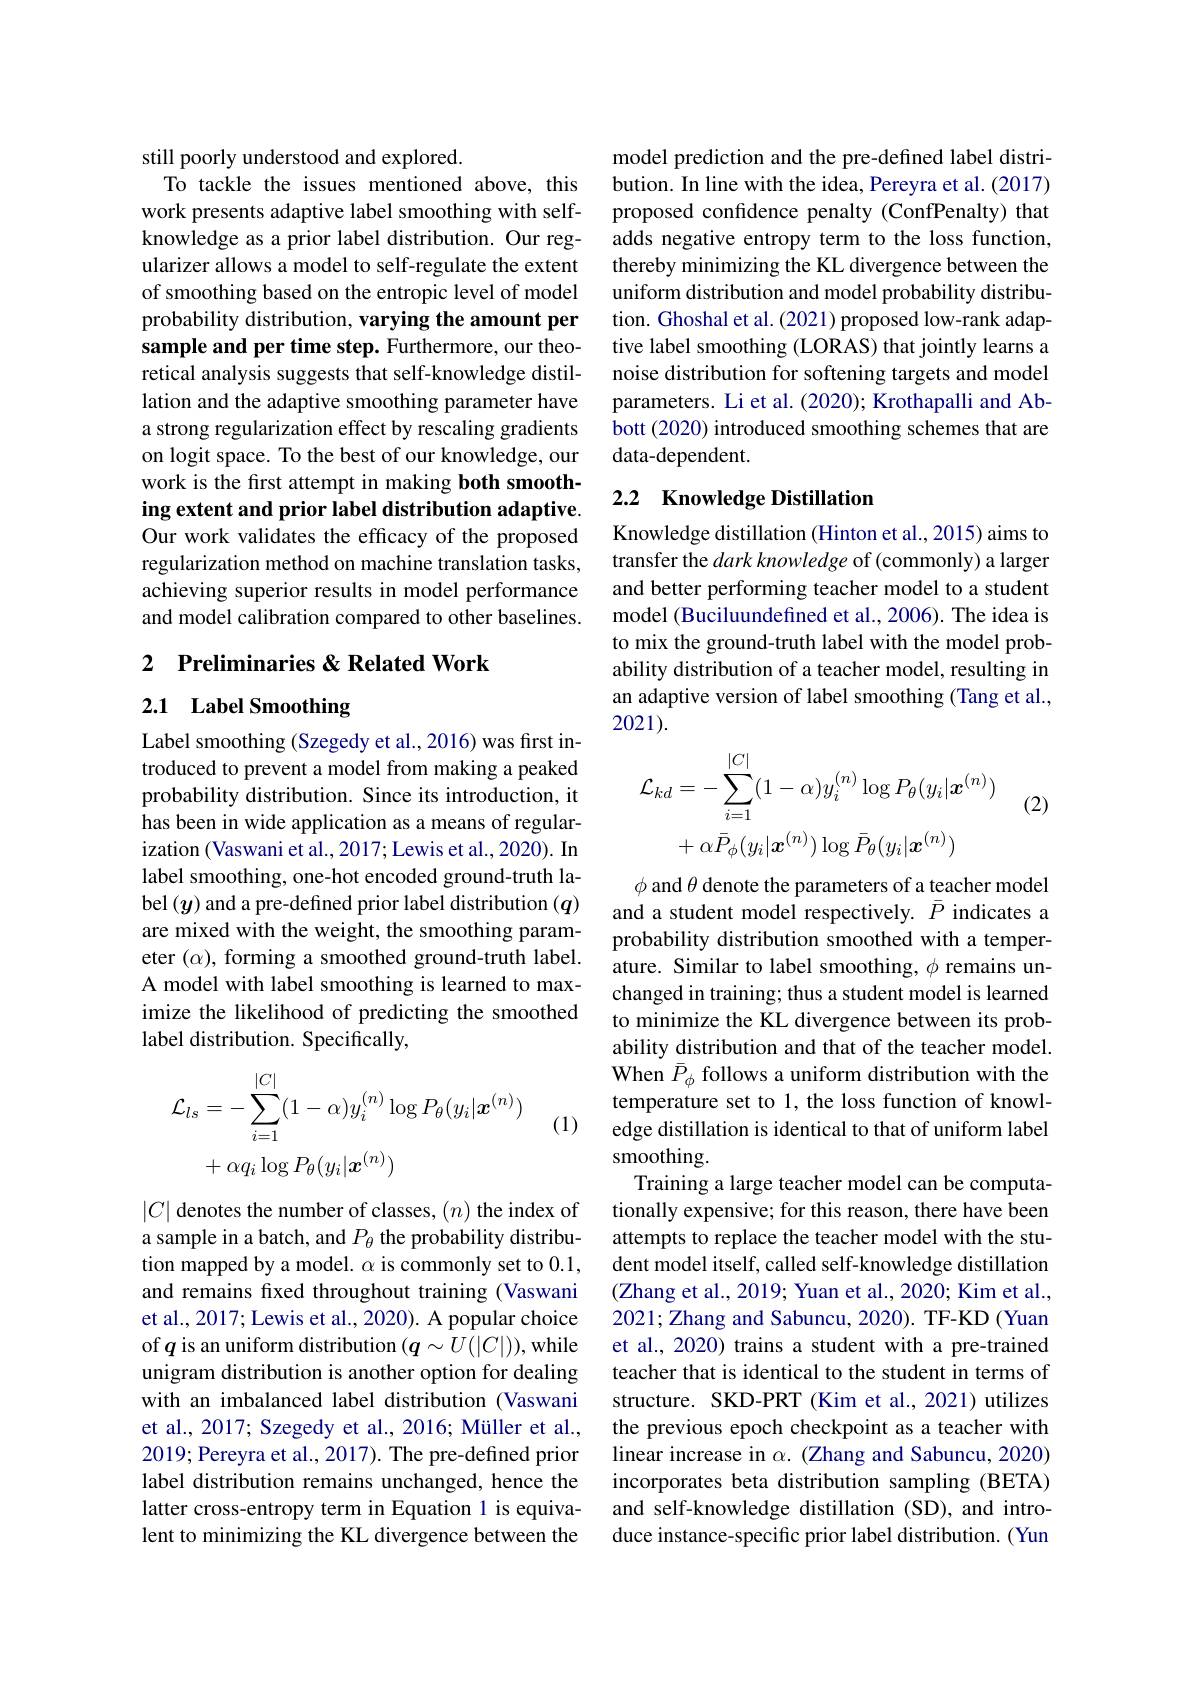
still poorly understood and explored.
To tackle the issues mentioned above, this work presents adaptive label smoothing with selfknowledge as a prior label distribution. Our regularizer allows a model to self-regulate the extent of smoothing based on the entropic level of model probability distribution, varying the amount per sample and per time step. Furthermore, our theoretical analysis suggests that self-knowledge distillation and the adaptive smoothing parameter have a strong regularization effect by rescaling gradients on logit space. To the best of our knowledge, our work is the fırst attempt in making both smoothing extent and prior label distribution adaptive. Our work validates the efficacy of the proposed regularization method on machine translation tasks, achieving superior results in model performance and model calibration compared to other baselines.

### 2 Preliminaries &Related Work

# 2.1 Label Smoothing

Label smoothing (Szegedy et al., 2016) was first introduced to prevent a model from making a peaked probability distribution. Since its introduction, it has been in wide application as a means of regularization (Vaswani et al., 2017; Lewis et al., 2020). In label smoothing, one-hot encoded ground-truth label $(y)$ and a pre-defined prior label distribution $(q)$ are mixed with the weight, the smoothing parameter $(\alpha)$, forming a smoothed ground-truth label. A model with label smoothing is learned to maximize the likelihood of predicting the smoothed label distribution. Specifically,

(1)
$$\begin{aligned}\mathcal{L}_{ls}&=-\sum_{i=1}^{|C|}(1-\alpha)y_{i}^{(n)}\log P_{\theta}(y_{i}|\boldsymbol{x}^{(n)})\\&+\alpha q_{i}\log P_{\theta}(y_{i}|\boldsymbol{x}^{(n)})\end{aligned}$$
$|C|$ denotes the number of classes, $(n)$ the index of a sample in a batch, and $P_\theta$ the probability distribution mapped by a model. $\alpha$ is commonly set to 0.1, and remains fxed throughout training (Vaswani et al., 2017; Lewis et al., 2020). A popular choice of $q$ is an uniform distribution $(\boldsymbol q\sim U(|C|))$,while unigram distribution is another option for dealing with an imbalanced label distribution (Vaswani et al., 2017; Szegedy et al., 2016; Müller et al., 2019; Pereyra et al., 2017). The pre-defined prior label distribution remains unchanged, hence the latter cross-entropy term in Equation 1 is equivalent to minimizing the KL divergence between the

model prediction and the pre-defined label distribution. In line with the idea, Pereyra et al. (2017) proposed confidence penalty (ConfPenalty) that adds negative entropy term to the loss function, thereby minimizing the KL divergence between the uniform distribution and model probability distribution. Ghoshal et al. (2021) proposed low-rank adaptive label smoothing (LORAS) that jointly learns a noise distribution for softening targets and model parameters. Li et al. (2020); Krothapalli and Abbott (2020) introduced smoothing schemes that are data-dependent.

# 2.2 Knowledge Distillation

Knowledge distillation (Hinton et al., 2015) aims to transfer the $dark\textit{knowledge of}($commonly) a larger and better performing teacher model to a student model (Buciluundefined et al., 2006). The idea is to mix the ground-truth label with the model probability distribution of a teacher model, resulting in an adaptive version of label smoothing (Tang et al., 2021).

(2)
$$\begin{aligned}\mathcal{L}_{kd}&=-\sum_{i=1}^{|C|}(1-\alpha)y_{i}^{(n)}\log P_{\theta}(y_{i}|\boldsymbol{x}^{(n)})\\&+\alpha\bar{P}_{\phi}(y_{i}|\boldsymbol{x}^{(n)})\log\bar{P}_{\theta}(y_{i}|\boldsymbol{x}^{(n)})\end{aligned}$$
$\phi$ and $\theta$ denote the parameters of a teacher model and a student model respectively. $\bar{P}$ indicates a probability distribution smoothed with a temperature. Similar to label smoothing, $\phi$ remains unchanged in training; thus a student model is learned to minimize the KL divergence between its probability distribution and that of the teacher model. When $\bar{P}_\phi$ follows a uniform distribution with the temperature set to 1, the loss function of knowledge distillation is identical to that of uniform label smoothing.
Training a large teacher model can be computationally expensive; for this reason, there have been attempts to replace the teacher model with the student model itself, called self-knowledge distillation (Zhang et al., 2019; Yuan et al., 2020; Kim et al., 2021; Zhang and Sabuncu, 2020). TF-KD (Yuan et al., 2020) trains a student with a pre-trained teacher that is identical to the student in terms of structure. SKD-PRT (Kim et al., 2021) utilizes the previous epoch checkpoint as a teacher with linear increase in $\alpha.$ (Zhang and Sabuncu, 2020) incorporates beta distribution sampling (BETA) and self-knowledge distillation (SD), and introduce instance-specific prior label distribution. (Yun